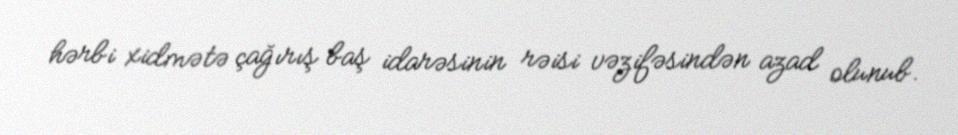
hərbi xidmətə çağırış baş idarəsinin rəisi vəzifəsindən azad olunub.